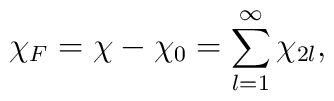
\chi_F=\chi-\chi_0=\sum_{l=1}^{\infty}\chi_{2l},